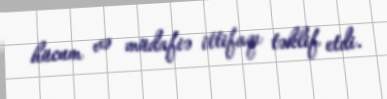
hücum və müdafiə ittifaqı təklif etdi.